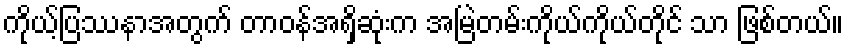
ကိုယ့်ပြဿနာအတွက် တာဝန်အရှိဆုံးက အမြဲတမ်းကိုယ်ကိုယ်တိုင် သာ ဖြစ်တယ်။